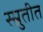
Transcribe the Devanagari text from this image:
स्म्रुतीत